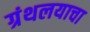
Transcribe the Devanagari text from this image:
ग्रंथलयाचा